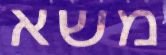
משא